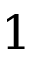
1